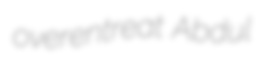
overentreat Abdul